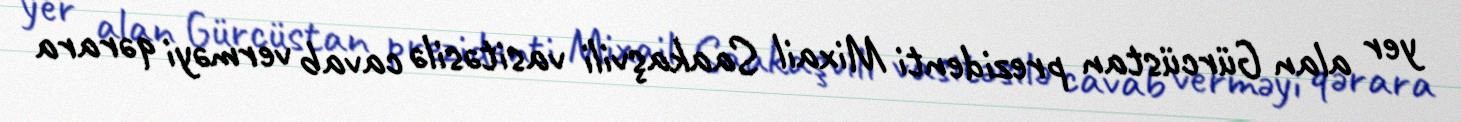
yer alan Gürcüstan prezidenti Mixail Saakaşvili vasitəsilə cavab verməyi qərara